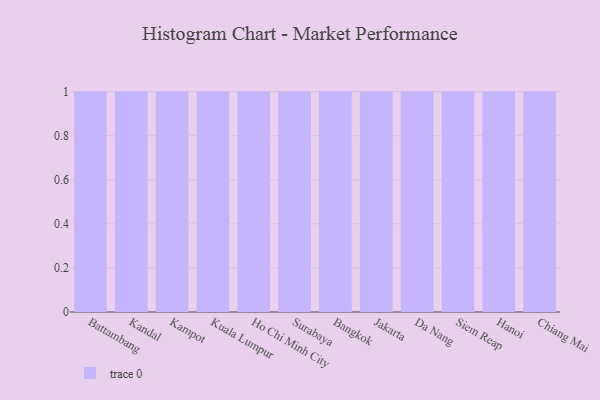
{"axis": {"x": "City", "y": "Bounce Rate (%)"}, "legend": [""], "data": [{"x": "Battambang", "y": 13, "type": ""}, {"x": "Kandal", "y": 78, "type": ""}, {"x": "Kampot", "y": 81, "type": ""}, {"x": "Kuala Lumpur", "y": 51, "type": ""}, {"x": "Ho Chi Minh City", "y": 87, "type": ""}, {"x": "Surabaya", "y": 61, "type": ""}, {"x": "Bangkok", "y": 41, "type": ""}, {"x": "Jakarta", "y": 84, "type": ""}, {"x": "Da Nang", "y": 22, "type": ""}, {"x": "Siem Reap", "y": 89, "type": ""}, {"x": "Hanoi", "y": 98, "type": ""}, {"x": "Chiang Mai", "y": 41, "type": ""}]}